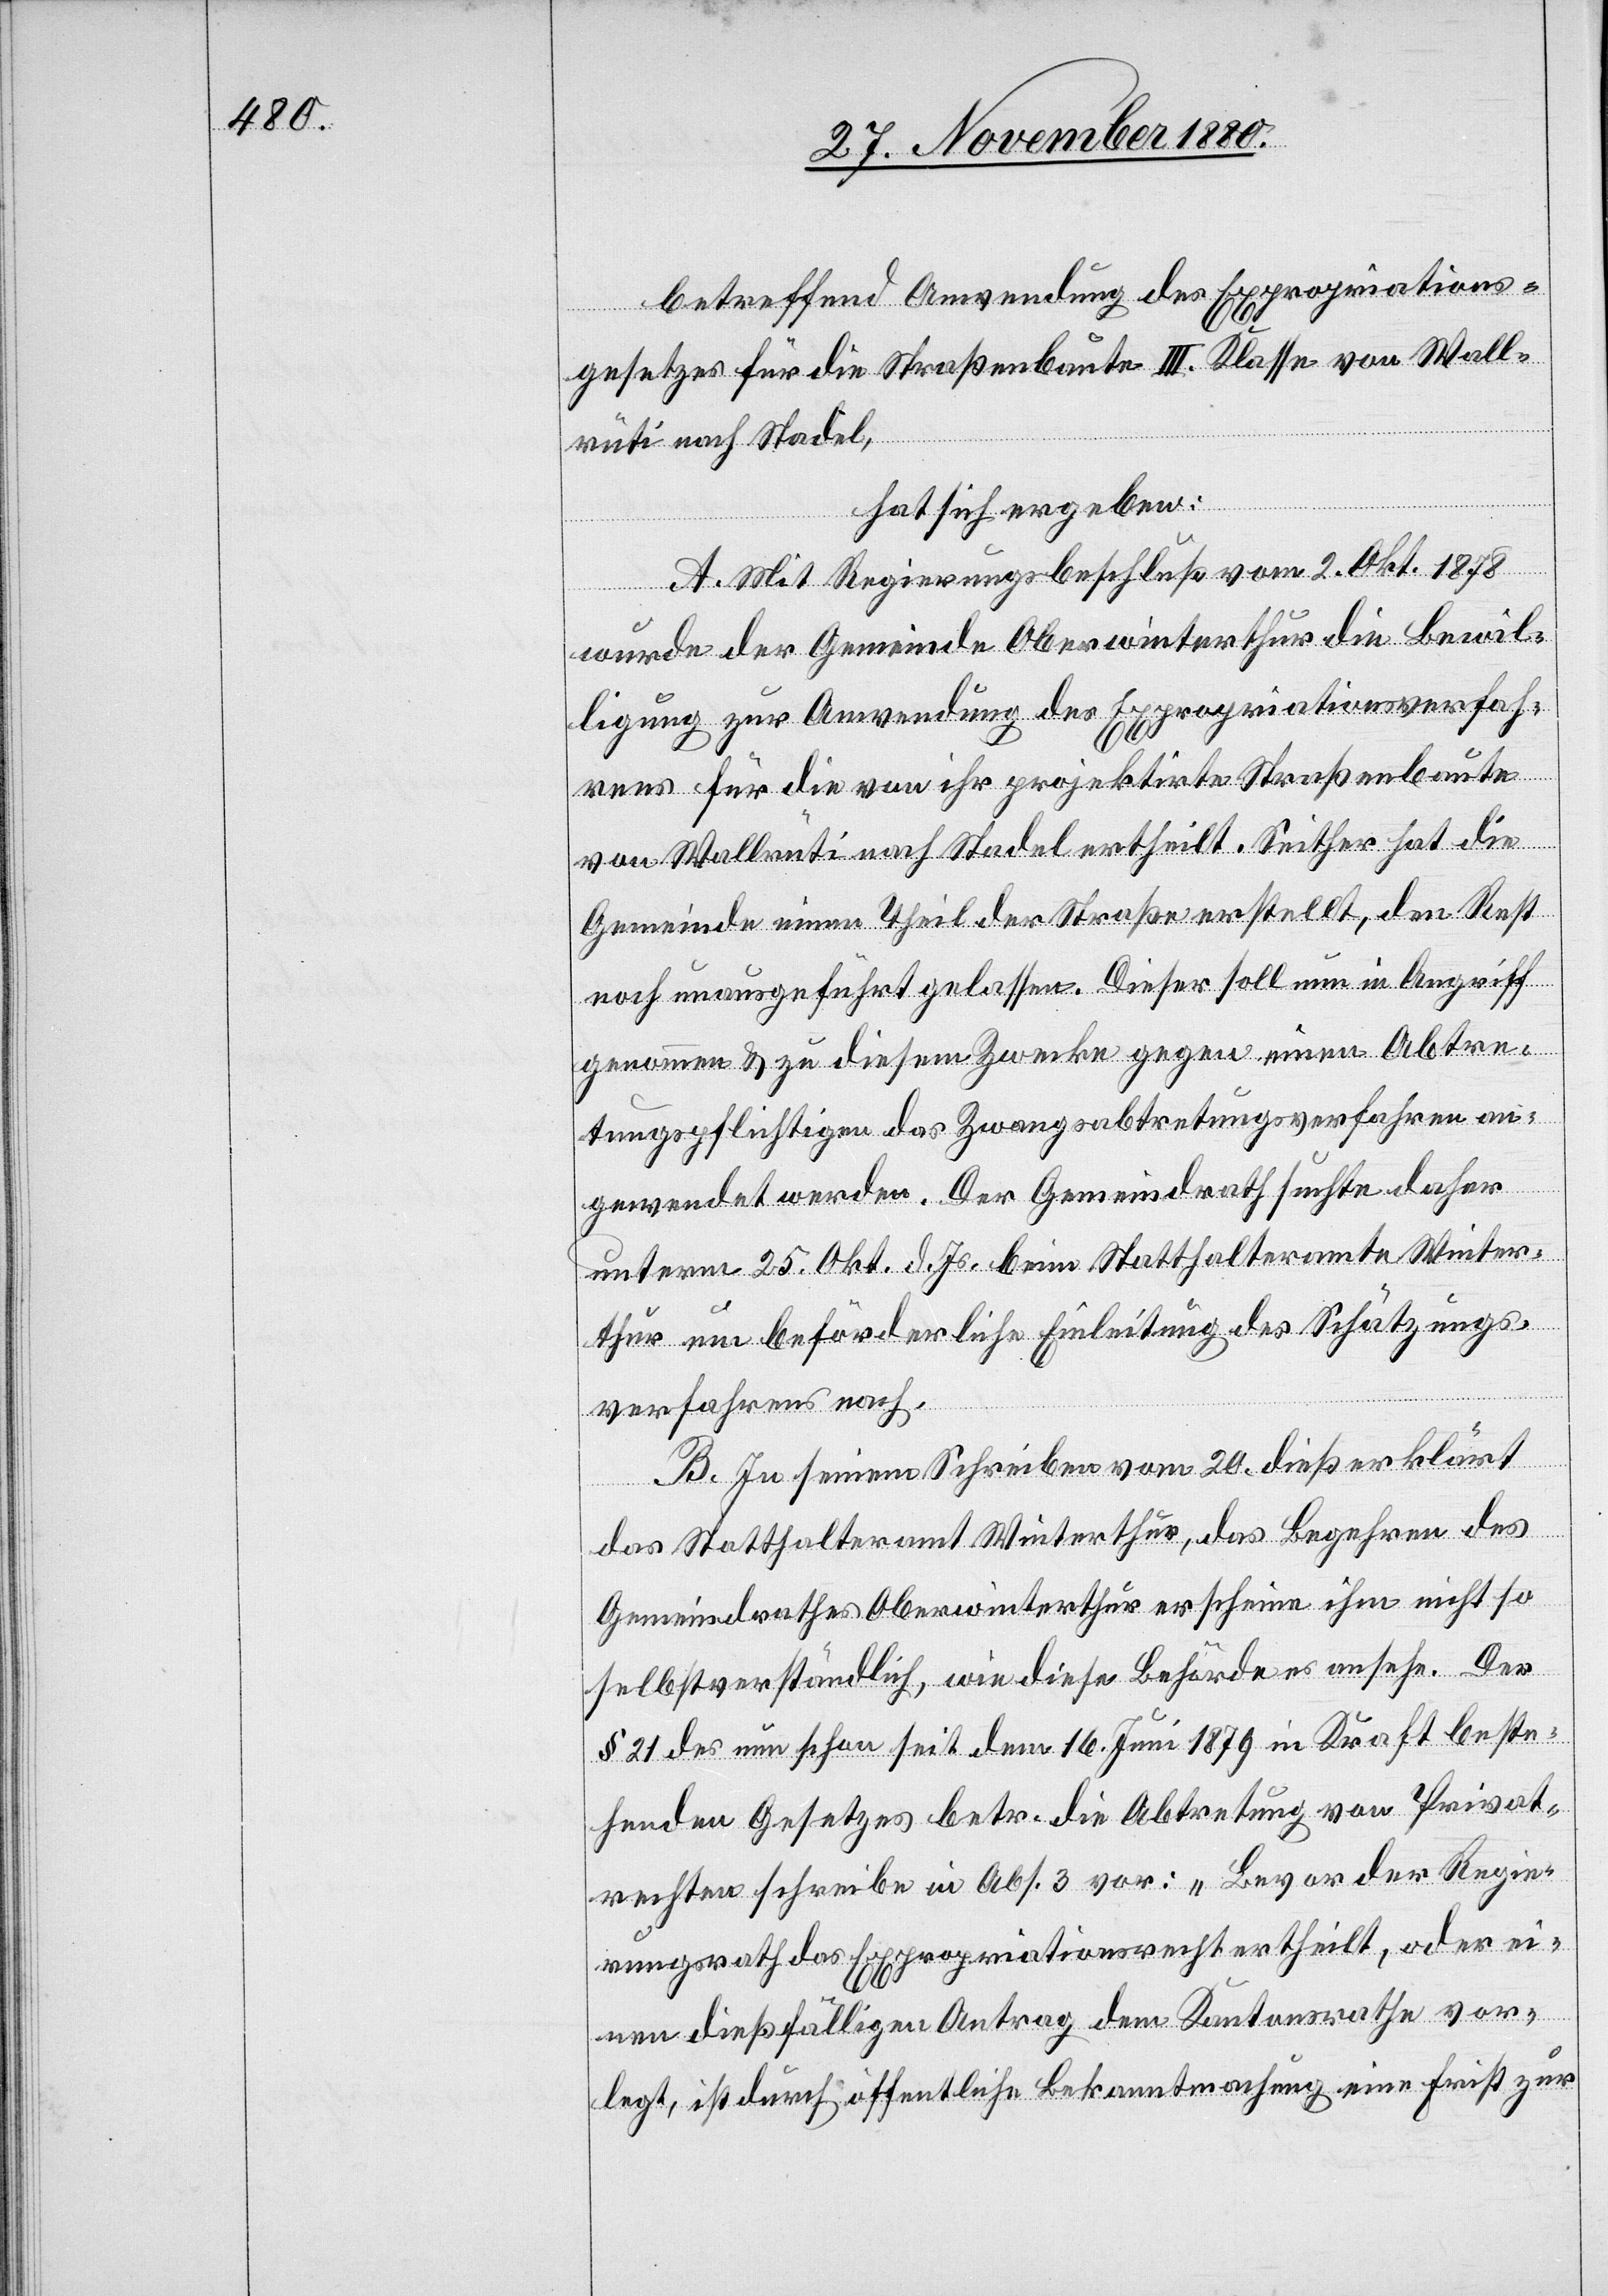
betreffend Anwendung des Expropriations¬
gesetzes für die Straßenbaute III. Klasse von Wall¬
rüti nach Stadel,
hat sich ergeben:
A. Mit Regierungsbeschluß vom 2. Okt. 1878
wurde der Gemeinde Oberwinterthur die Bewil¬
ligung zur Anwendung des Expropriationsverfah¬
rens für die von ihr projektirte Straßenbaute
von Wallrüti nach Stadel ertheilt. Seither hat die
Gemeinde einen Theil der Straße erstellt, den Rest
noch unausgeführt gelassen. Dieser soll nun in Angriff
genommen & zu diesem Zwecke gegen einen Abtre¬
tungspflichtigen das Zwangsabtretungsverfahren an¬
gewendet werden. Der Gemeindrath suchte daher
unterm 25. Okt. d. Js. beim Statthalteramte Winter¬
thur um beförderliche Einleitung des Schätzungs¬
verfahrens nach.
B. In seinem Schreiben vom 20. dieß erklärt
das Statthalteramt Winterthur, das Begehren des
Gemeindrathes Oberwinterthur erscheine ihm nicht so
selbstverständlich, wie diese Behörde es ansehe. Der
§ 21 des nun schon seit dem 16. Juni 1879 in Kraft beste¬
henden Gesetzes betr. die Abtretung von Privat¬
rechten schreibe in Abs. 3 vor: „Bevor der Regie¬
rungsrath das Expropriationsrecht ertheilt, oder ei¬
nen dießfälligen Antrag dem Kantonsrathe vor¬
legt, ist durch öffentliche Bekanntmachung eine Frist zur